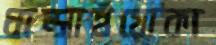
ধাম্‌সাইয়োকা